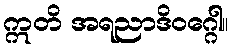
ဣတိ အရညာဒိဝဂ္ဂေါ။